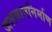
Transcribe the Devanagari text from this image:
जलयाननिर्माण